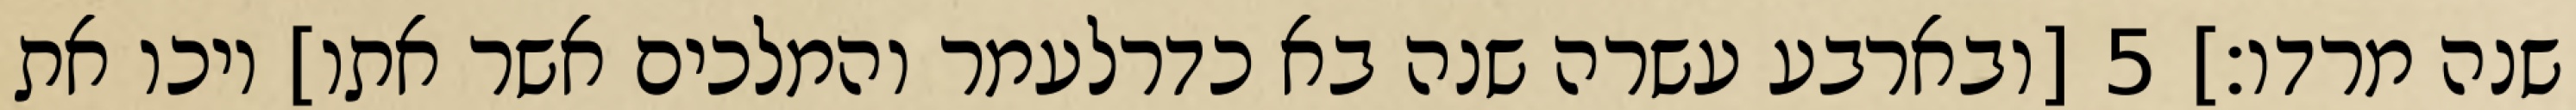
שנה מרדו׃] ‎5‏ [ובארבע עשרה שנה בא כדרלעמר והמלכים אשר אתו] ויכו את